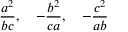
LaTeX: { \frac { a ^ { 2 } } { b c } } , \quad - { \frac { b ^ { 2 } } { c a } } , \quad - { \frac { c ^ { 2 } } { a b } }